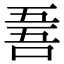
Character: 𠵥